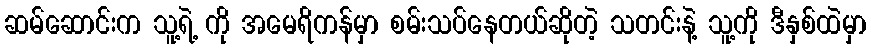
ဆမ်ဆောင်းက သူ့ရဲ့ ကို အမေရိကန်မှာ စမ်းသပ်နေတယ်ဆိုတဲ့ သတင်းနဲ့ သူ့ကို ဒီနှစ်ထဲမှာ